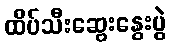
ထိပ်သီးဆွေးနွေးပွဲ